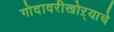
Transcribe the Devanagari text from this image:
गोदावरीखोऱ्याचे